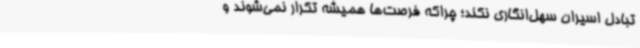
تبادل اسیران سهل‌انگاری نکند؛ چراکه فرصت‌ها همیشه تکرار نمی‌شوند و